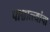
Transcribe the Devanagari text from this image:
पाश्चात्त्यांचा